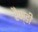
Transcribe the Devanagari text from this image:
रैण्डी